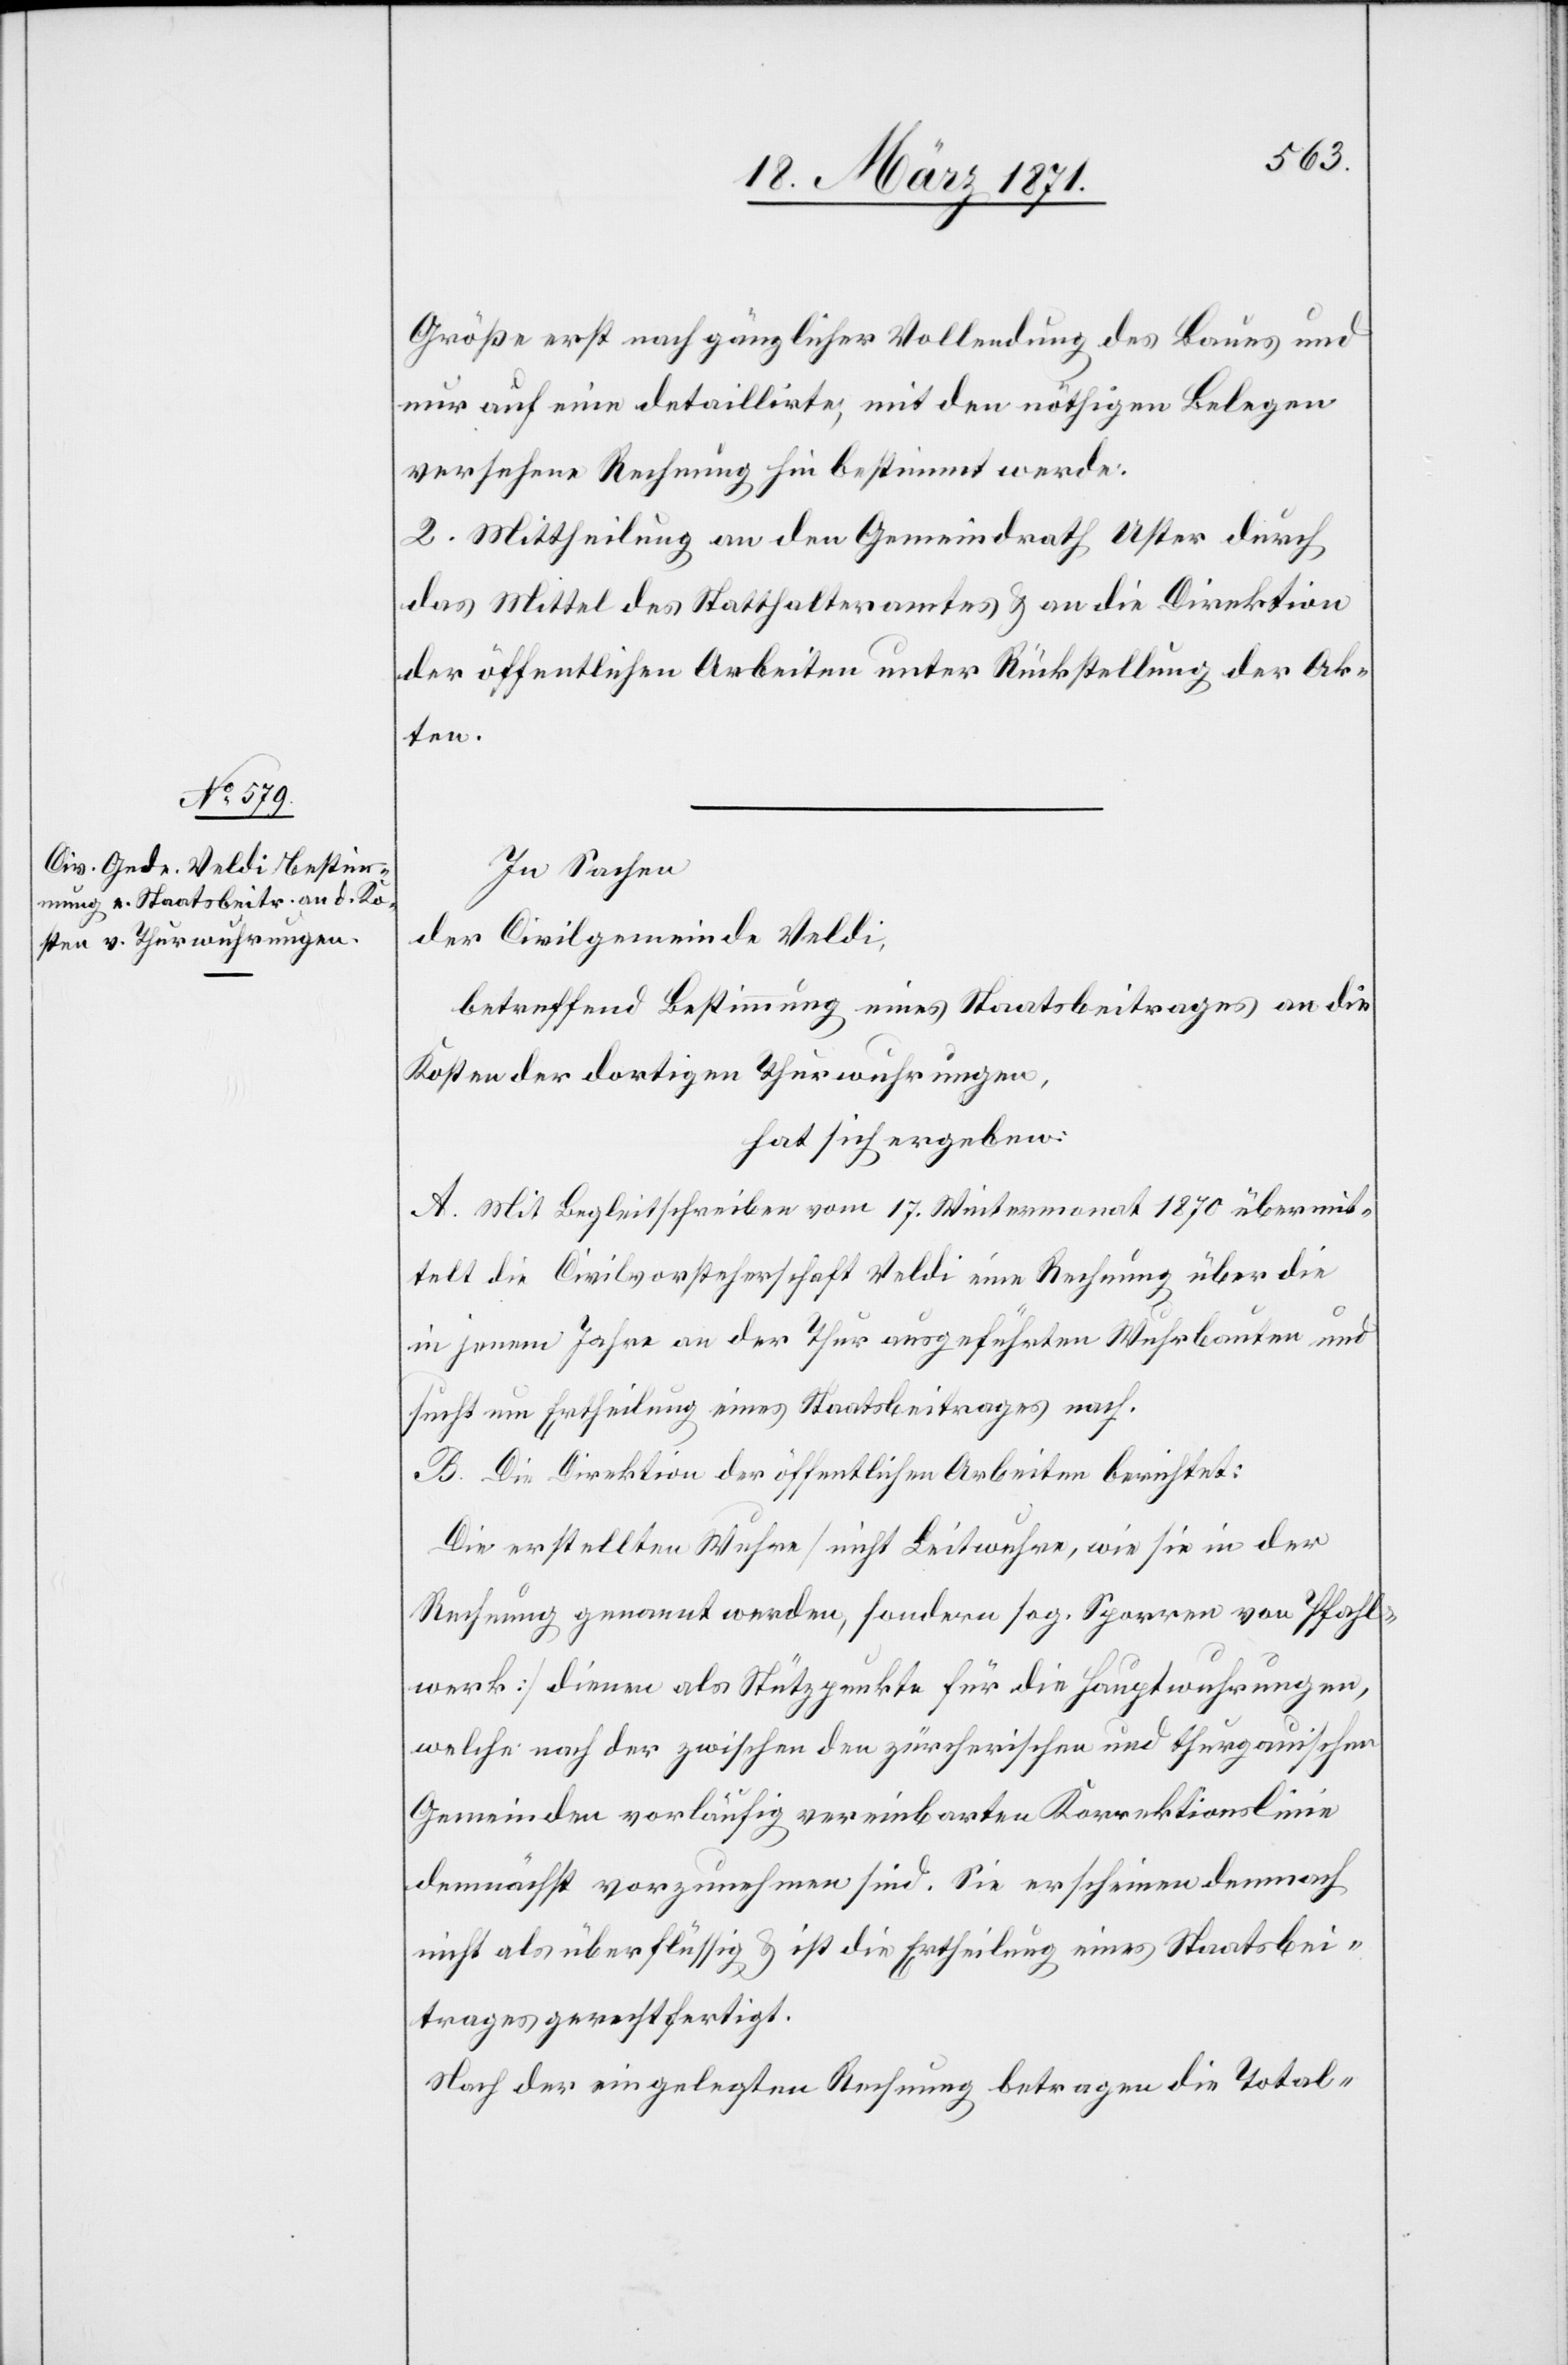
Größe erst nach gänzlicher Vollendung des Baues und
nur auf eine detaillirte, mit den nöthigen Belegen
versehene Rechnung hin bestimmt werde.
2. Mittheilung an den Gemeindrath Uster durch
das Mittel des Statthalteramtes u. an die Direktion
der öffentlichen Arbeiten unter Rückstellung der Ak¬
ten.
In Sachen
der Civilgemeinde Veldi,
betreffend Bestimmung eines Staatsbeitrages an die
Kosten der dortigen Thurwuhrungen,
hat sich ergeben:
A. Mit Begleitschreiben vom 17. Wintermonat 1870 übermit¬
telt die Civilvorsteherschaft Veldi eine Rechnung über die
in jenem Jahre an der Thur ausgeführten Wuhrbauten und
sucht um Ertheilung eines Staatsbeitrages nach.
B. Die Direktion der öffentlichen Arbeiten berichtet:
Die erstellten Wuhre [nicht Leitwuhre, wie sie in der
Rechnung genannt werden, sondern sog. Sporren von Pfahl¬
werk] dienen als Stützpunkte für die Hauptwuhrungen,
welche nach der zwischen den zürcherischen und thurgauischen
Gemeinden vorläufig vereinbarten Korrektionslinie
demnächst vorzunehmen sind. Sie erscheinen demnach
nicht als überflüssig u. ist die Ertheilung eines Staatsbei¬
trages gerechtfertigt.
Nach der eingelegten Rechnung betragen die Total-